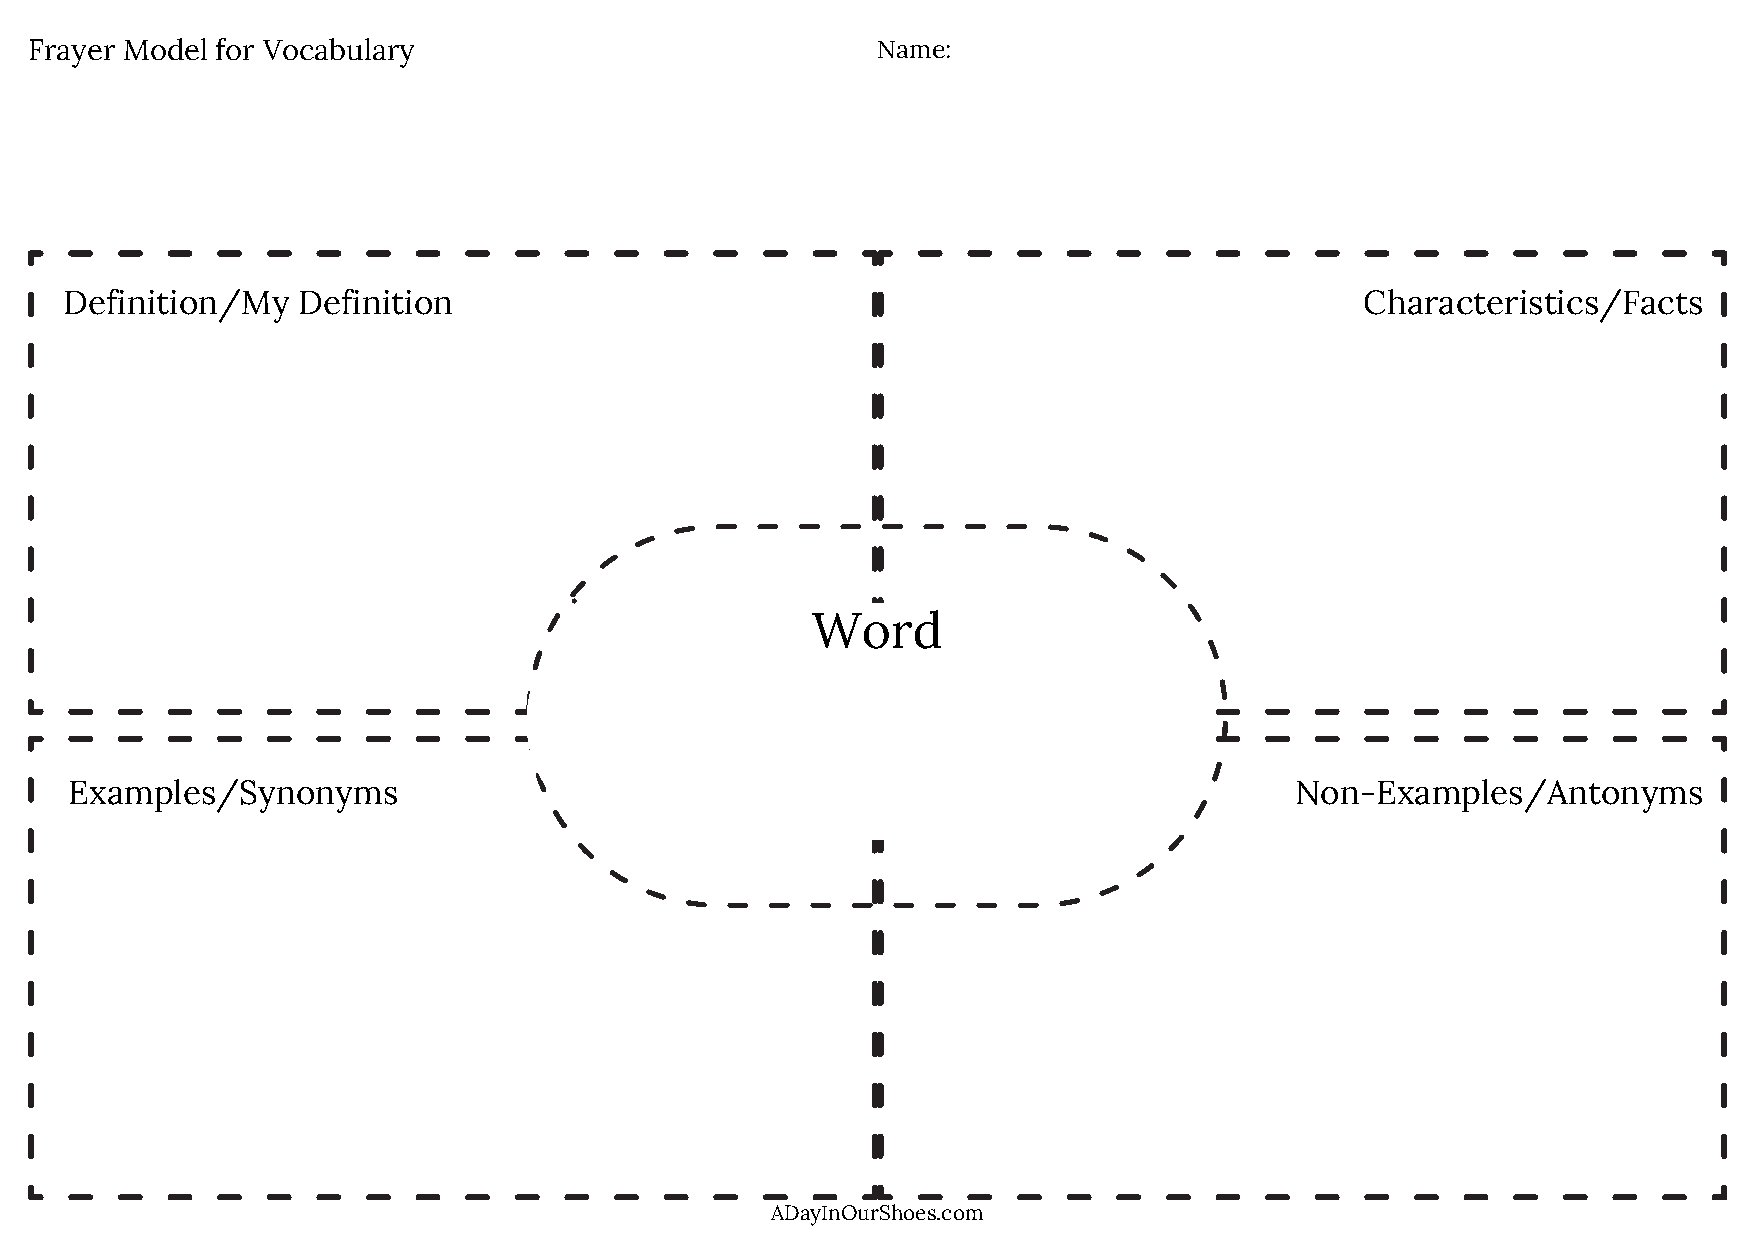
Frayer Model for Vocabulary                             Name:
 Definition/My   Definition                                                            Characteristics/Facts
 Word
 Examples/Synonyms                                                                Non-Examples/Antonyms
 ADayInOurShoes.com